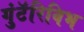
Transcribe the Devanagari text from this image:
गुंटॅरिविभ